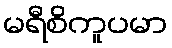
မရီစိကူပမာ